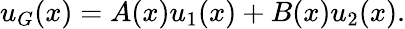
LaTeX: u_{G}(x)=A(x)u_{1}(x)+B(x)u_{2}(x).